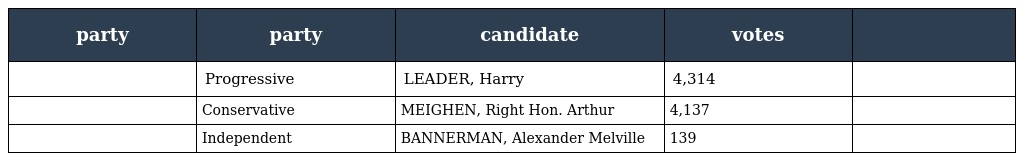
| party | party | candidate | votes |  |
 | --- | --- | --- | --- | --- |
 |  | Progressive | LEADER, Harry | 4,314 |  |
 |  | Conservative | MEIGHEN, Right Hon. Arthur | 4,137 |  |
 |  | Independent | BANNERMAN, Alexander Melville | 139 |  |